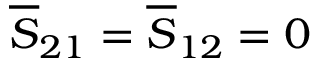
\overline { { S } } _ { 2 1 } = \overline { { S } } _ { 1 2 } = 0